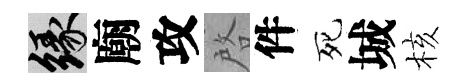
緣廟攻啓件死城核